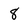
Character: 8